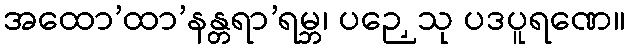
အထော’ထာ’နန္တရာ’ရမ္ဘ၊ ပဉှေသု ပဒပူရဏေ။